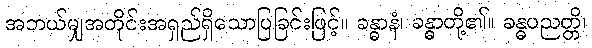
အဘယ်မျှအတိုင်းအရှည်ရှိသောပြခြင်းဖြင့်။ ခန္ဓာနံ၊ ခန္ဓာတို့၏။ ခန္ဓပညတ္တိ၊